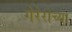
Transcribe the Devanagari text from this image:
गेरेरोच्या